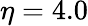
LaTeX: \eta=4.0